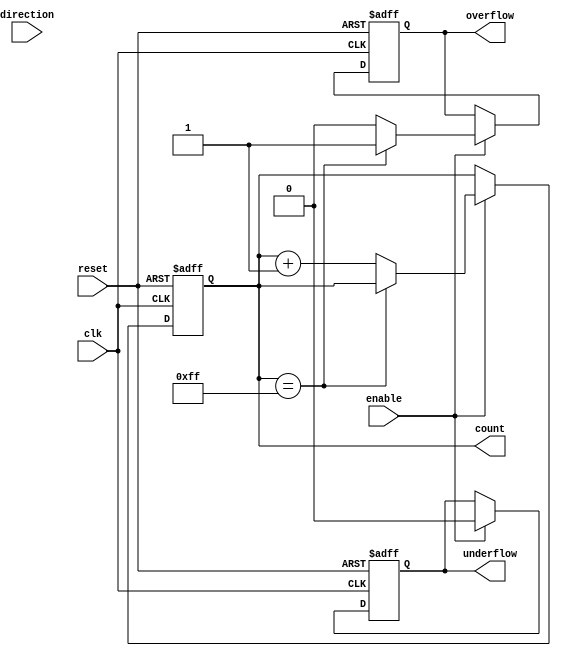
module parameterized_counter #(
    parameter WIDTH = 8,          // Number of bits for the counter
    parameter MODE = "UP"         // Counting mode: "UP", "DOWN", or "UP_DOWN"
) (
    input wire clk,               // Clock signal
    input wire reset,             // Asynchronous reset signal
    input wire enable,            // Enable signal for counting
    input wire direction,         // Direction control for UP_DOWN mode (1 for up, 0 for down)
    output reg [WIDTH-1:0] count, // Current value of the counter
    output reg overflow,          // Overflow flag
    output reg underflow          // Underflow flag
);

    // Internal parameter for maximum and minimum values for the counter
    localparam MAX_COUNT = (1 << WIDTH) - 1; // Maximum value for the counter
    localparam MIN_COUNT = 0;                 // Minimum value for the counter

    // Always block triggered on the rising edge of the clock
    always @(posedge clk or posedge reset) begin
        if (reset) begin
            count <= MIN_COUNT; // Reset counter to 0
            overflow <= 0;      // Clear overflow flag
            underflow <= 0;     // Clear underflow flag
        end else if (enable) begin
            case (MODE)
                "UP": begin
                    if (count == MAX_COUNT) begin
                        overflow <= 1;  // Set overflow flag if max value is reached
                    end else begin
                        count <= count + 1; // Increment the counter
                        overflow <= 0;       // Clear overflow flag
                    end
                    underflow <= 0; // Clear underflow flag
                end

                "DOWN": begin
                    if (count == MIN_COUNT) begin
                        underflow <= 1;  // Set underflow flag if min value is reached
                    end else begin
                        count <= count - 1; // Decrement the counter
                        underflow <= 0;      // Clear underflow flag
                    end
                    overflow <= 0; // Clear overflow flag
                end

                "UP_DOWN": begin
                    if (direction) begin
                        if (count == MAX_COUNT) begin
                            overflow <= 1; // Set overflow flag if max value is reached
                        end else begin
                            count <= count + 1; // Increment the counter
                            overflow <= 0;      // Clear overflow flag
                        end
                        underflow <= 0; // Clear underflow flag
                    end else begin
                        if (count == MIN_COUNT) begin
                            underflow <= 1; // Set underflow flag if min value is reached
                        end else begin
                            count <= count - 1; // Decrement the counter
                            underflow <= 0;      // Clear underflow flag
                        end
                        overflow <= 0; // Clear overflow flag
                    end
                end

                default: begin
                    // Handle invalid mode
                    count <= count; // No change
                    overflow <= 0;  // Clear overflow flag
                    underflow <= 0; // Clear underflow flag
                end
            endcase
        end
    end
endmodule